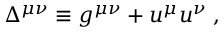
\Delta ^ { \mu \nu } \equiv g ^ { \mu \nu } + u ^ { \mu } u ^ { \nu } \; ,